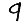
Digit: 9